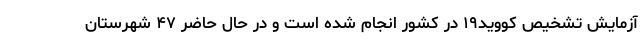
آزمایش تشخیص کووید۱۹ در کشور انجام شده است و در حال حاضر ۴۷ شهرستان